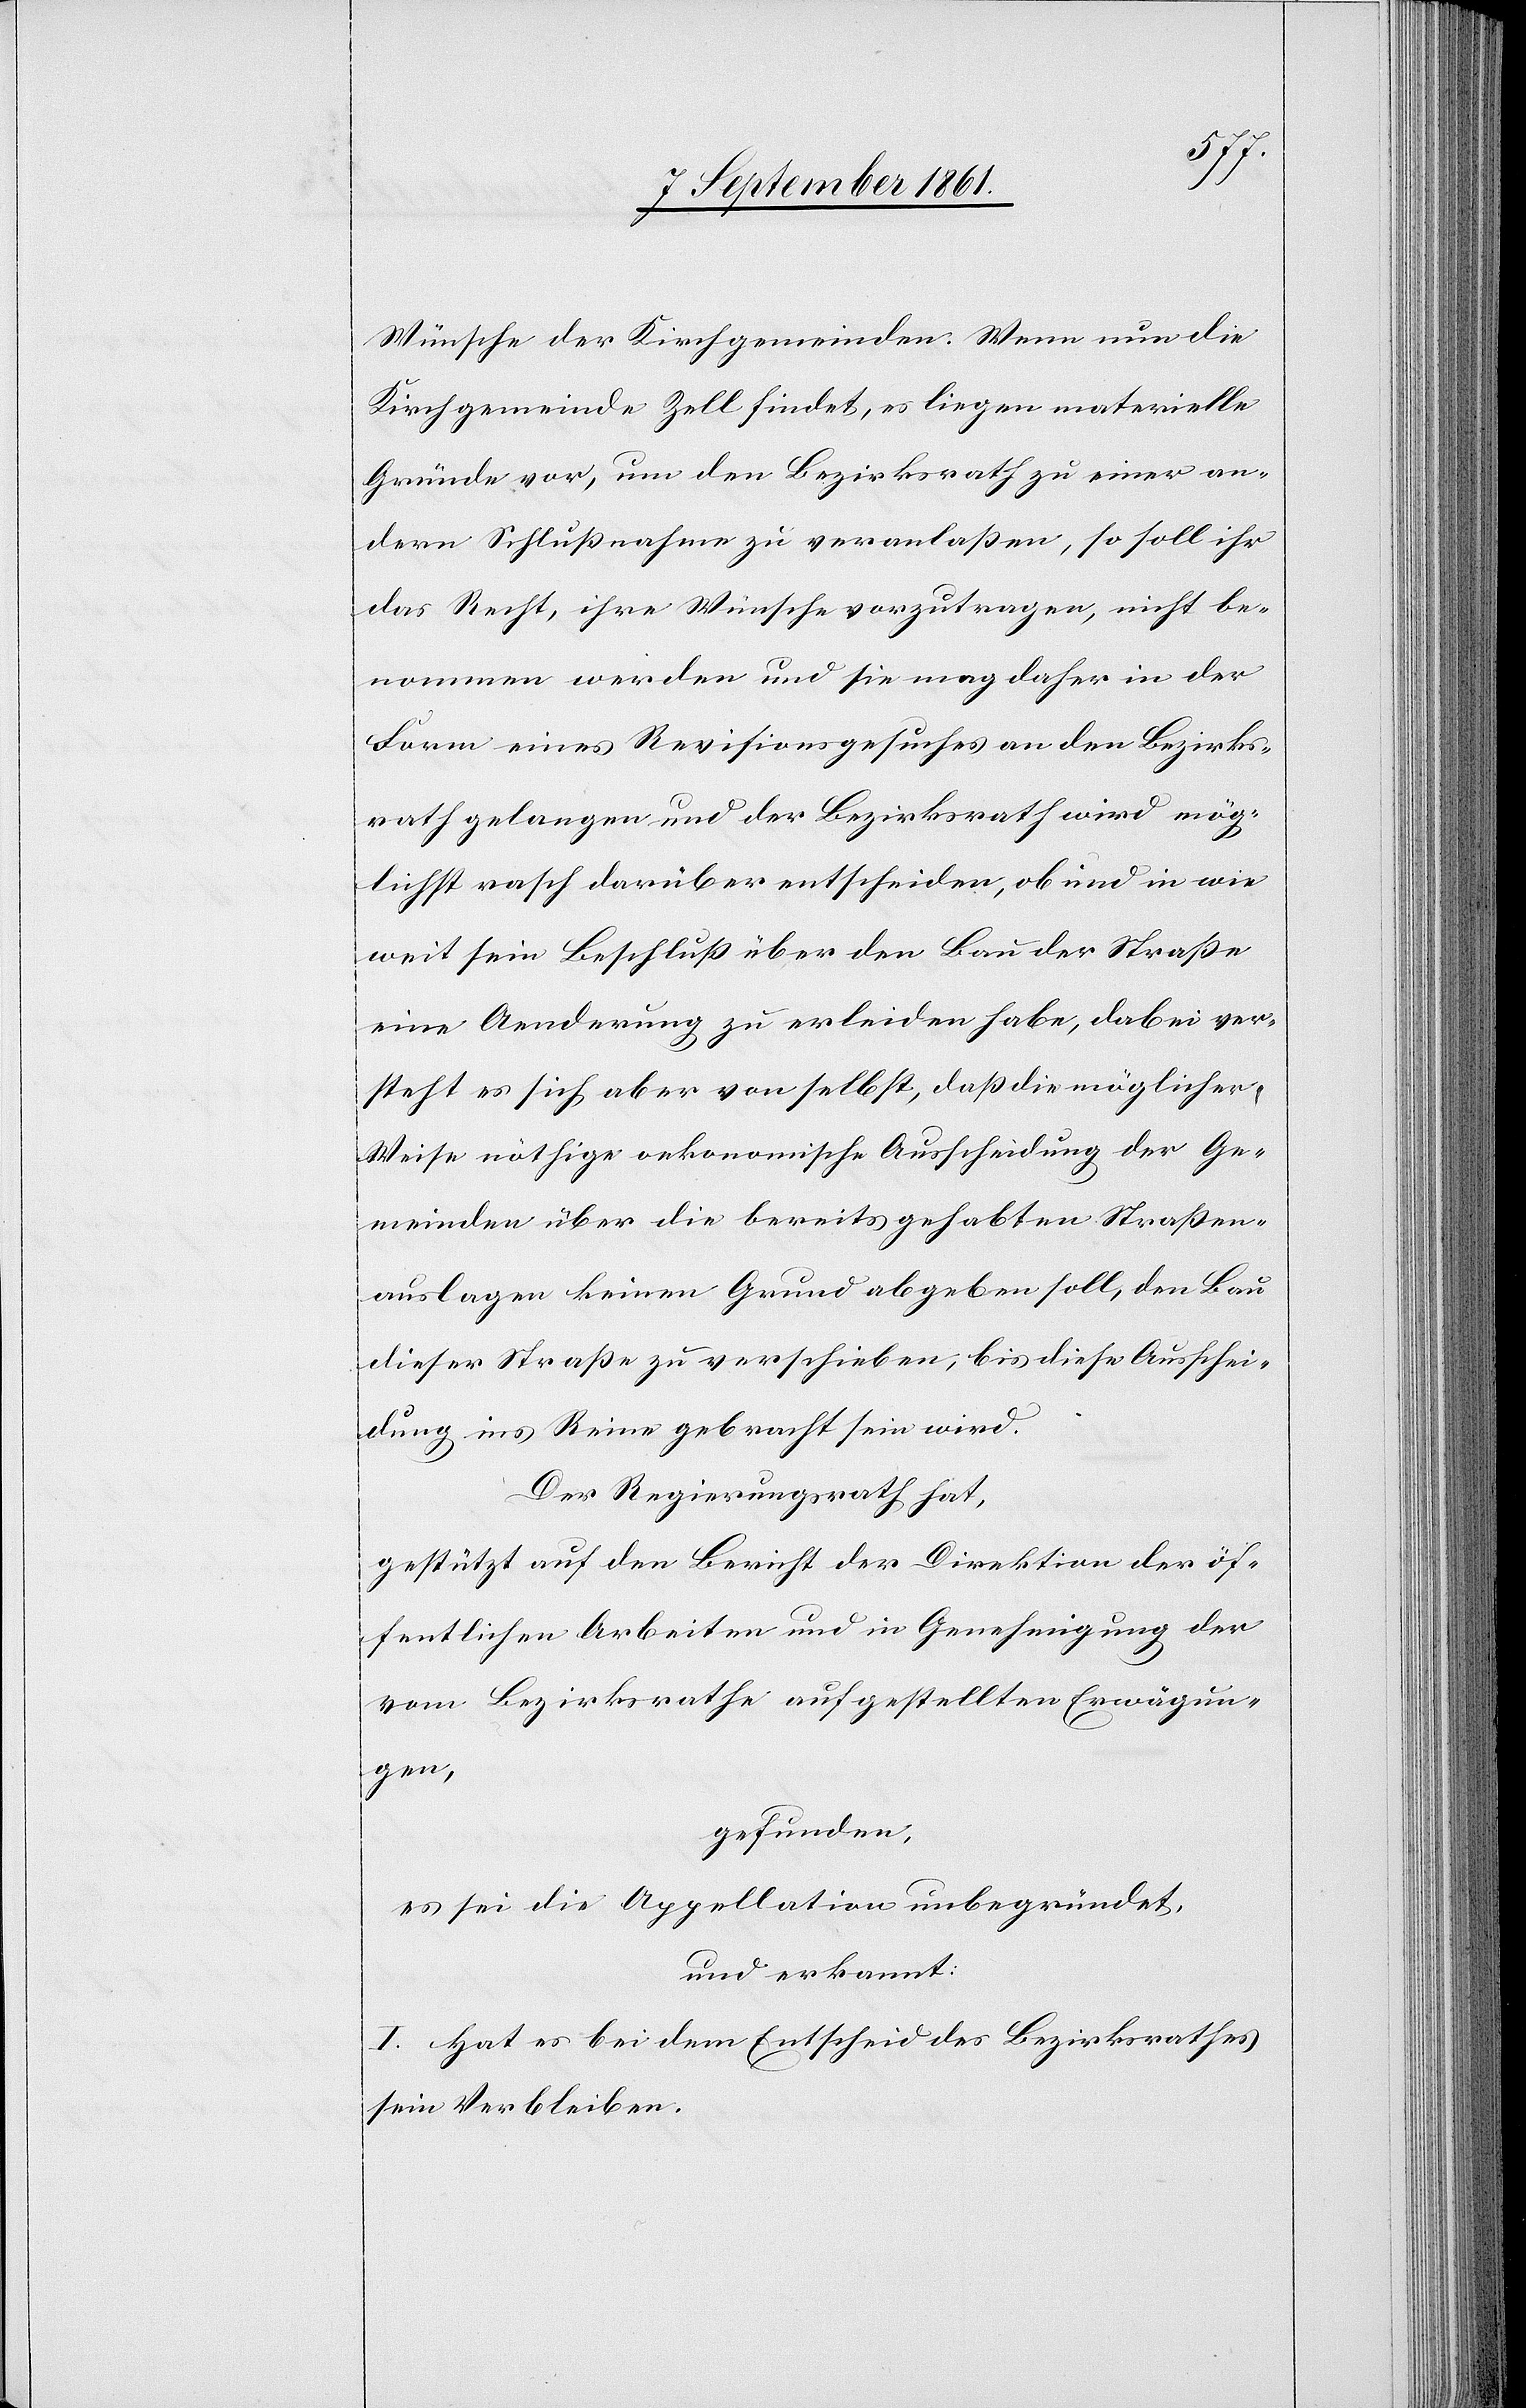
Wünsche der Kirchgemeinden. Wenn nun die
Kirchgemeinde Zell findet, es liegen materielle
Gründe vor, um den Bezirksrath zu einer an¬
dern Schlußnahme zu veranlaßen, so soll ihr
das Recht, ihre Wünsche vorzutragen, nicht be¬
nommen werden und sie mag daher in der
Form eines Revisionsgesuches an den Bezirks¬
rath gelangen und der Bezirksrath wird mög¬
lichst rasch darüber entscheiden, ob und in wie
weit sein Beschluß über den Bau der Straße
eine Aenderung zu erleiden habe, dabei ver¬
steht es sich aber von selbst, daß die möglicher
Weise nöthige oekonomische Ausscheidung der Ge¬
meinden über die bereits gehabten Straßen¬
auslagen keinen Grund abgeben soll, den Bau
dieser Straße zu verschieben, bis diese Ausschei¬
dung ins Reine gebracht sein wird.
Der Regierungsrath hat,
gestützt auf den Bericht der Direktion der öf¬
fentlichen Arbeiten und in Genehmigung der
vom Bezirksrathe aufgestellten Erwägun¬
gen,
gefunden,
es sei die Appellation unbegründet,
und erkannt:
I. Hat es bei dem Entscheide des Bezirksrathes
sein Verbleiben.